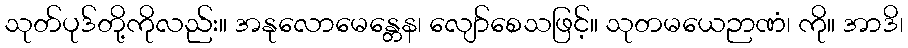
သုတ်ပုဒ်တို့ကိုလည်း။ အနုလောမေန္တေန၊ လျော်စေသဖြင့်။ သုတမယေဉာဏံ၊ ကို။ အာဒိ၊